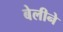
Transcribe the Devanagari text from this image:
बेलीने